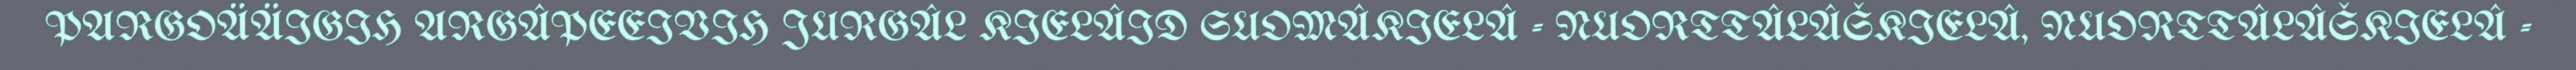
PARGOÄÄIGIH ARGÂPEEIVIH JURGÂL KIELÂID SUOMÂKIELÂ - NUORTTÂLÂŠKIELÂ, NUORTTÂLÂŠKIELÂ -